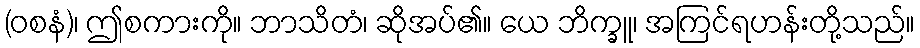
(ဝစနံ)၊ ဤစကားကို။ ဘာသိတံ၊ ဆိုအပ်၏။ ယေ ဘိက္ခူ၊ အကြင်ရဟန်းတို့သည်။